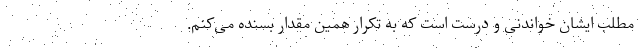
مطلب ایشان خواندنی و درست است که به تکرار همین مقدار بسنده می‌کنم.